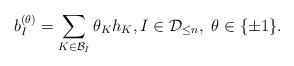
LaTeX: \begin{align*} b_I^{(\theta)} = \sum_{K\in\mathcal{B}_I} \theta_K h_K, I\in\mathcal{D}_{\leq n},\ \theta\in\{\pm 1\}.\end{align*}